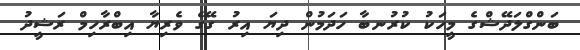
ބަންގްލަދޭޝްގެ މީހަކު ކުރުނބާ ހަދަމުން ދިޔަ އިރު ގޭގެ ވެރިޔާ އިބްރާހިމް ރަޝީދު